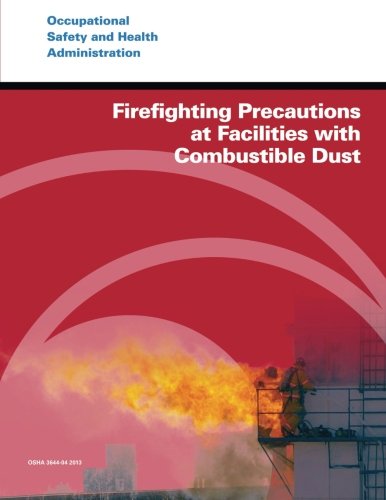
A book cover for Firefighting Precautions at Facilities with Combustible Dust; U.S. Department of Labor; Law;